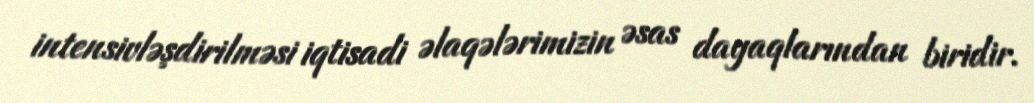
intensivləşdirilməsi iqtisadi əlaqələrimizin əsas dayaqlarından biridir.